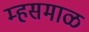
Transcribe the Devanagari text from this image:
म्हसमाळ